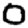
Digit: 0